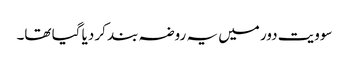
سوویت دور میں یہ روضہ بند کر دیا گیا تھا۔